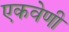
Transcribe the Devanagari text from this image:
एकवेणी